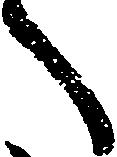
へ